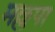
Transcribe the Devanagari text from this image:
मल्लपा